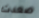
صعدت